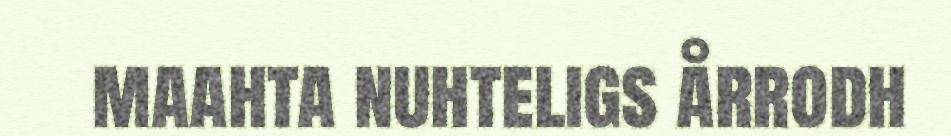
maahta nuhteligs årrodh